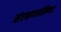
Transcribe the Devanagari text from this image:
संरक्षणमंत्रिपद